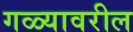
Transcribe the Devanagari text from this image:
गळ्यावरील